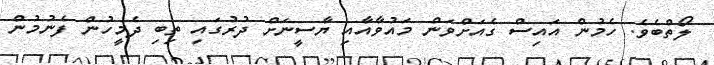
ލޯތްބެވެ. ހެމުން އައިސް ގެއަށްވަން މައުވާއާއި ޔާސީނަށް ދުރުގައި ތިބި ދެމީހުން ފެނުމުން